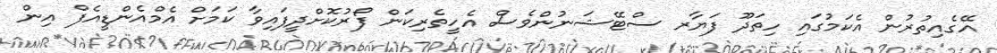
އޭގެއިތުރުން އެކަމުގައި ހިތަދޫ ފަޔާރ ސްޓޭޝަނުންވެސް އެހީތެރިކަން ފޯރުކޮށްދީފައިވާ ކަމަށް އެމްއެންޑީއެފް އިން